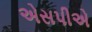
એસપીએ